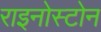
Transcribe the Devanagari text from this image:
राइनोस्टोन